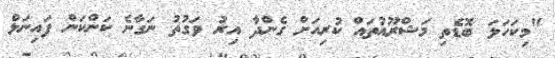
"މިކަހަލަ ބޮޑެތި މަޝްރޫއުތައް ކުރިއަށް ގެންދާ އިރު ވަގުތު ނަގާނެ ކަންކަން ފައިނަލް